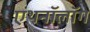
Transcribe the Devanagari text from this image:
एथनॉलॉग